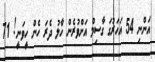
އަންނި 54 އަހަރުގަ ގާސިމް އަށްވުރެން ހާލު ދެރަ ހެން ހީވަނީ! 71